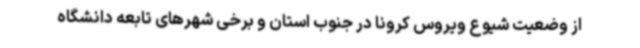
از وضعیت شیوع ویروس کرونا در جنوب استان و برخی شهرهای تابعه دانشگاه